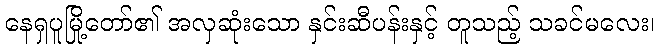
နေရှပူမြို့တော်၏ အလှဆုံးသော နှင်းဆီပန်းနှင့် တူသည့် သခင်မလေး၊